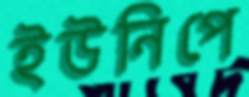
ইউনিপে